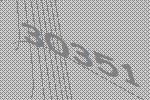
30351